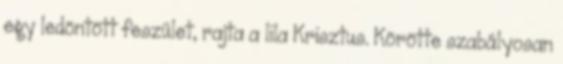
egy ledöntött feszület, rajta a lila Krisztus. Körötte szabályosan